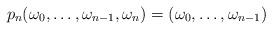
LaTeX: \begin{align*} p_n (\omega_0, \dots, \omega_{n-1}, \omega_n) = (\omega_0, \dots, \omega_{n-1}) \end{align*}